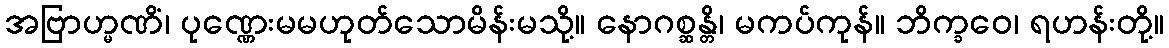
အဗြာဟ္မဏိံ၊ ပုဏ္ဏေးမမဟုတ်သောမိန်းမသို့။ နောဂစ္ဆန္တိ၊ မကပ်ကုန်။ ဘိက္ခဝေ၊ ရဟန်းတို့။